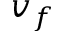
v _ { f }